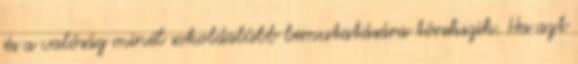
és a valóság minél sokoldalúbb bemutatására törekszik. Ha azt